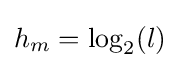
h_{m}=\log _{2}(l)